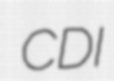
CDI